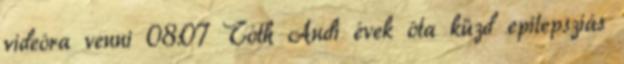
videóra venni 08:07 Tóth Andi évek óta küzd epilepsziás